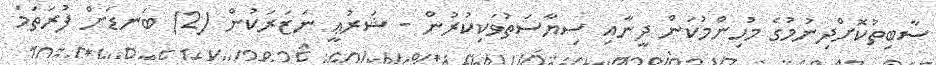
ސާބިތުކޮށްދިނުމުގެ މުހިންމުކަން ދީނާއި ސިޔާސަތުވަކިކުރުން - ޝަރުޢީ ނަޒަރަކުން (2) ބަނޑަށް ފުރަތަމަ